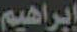
إبراهيم